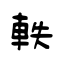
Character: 軼